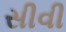
સીવી